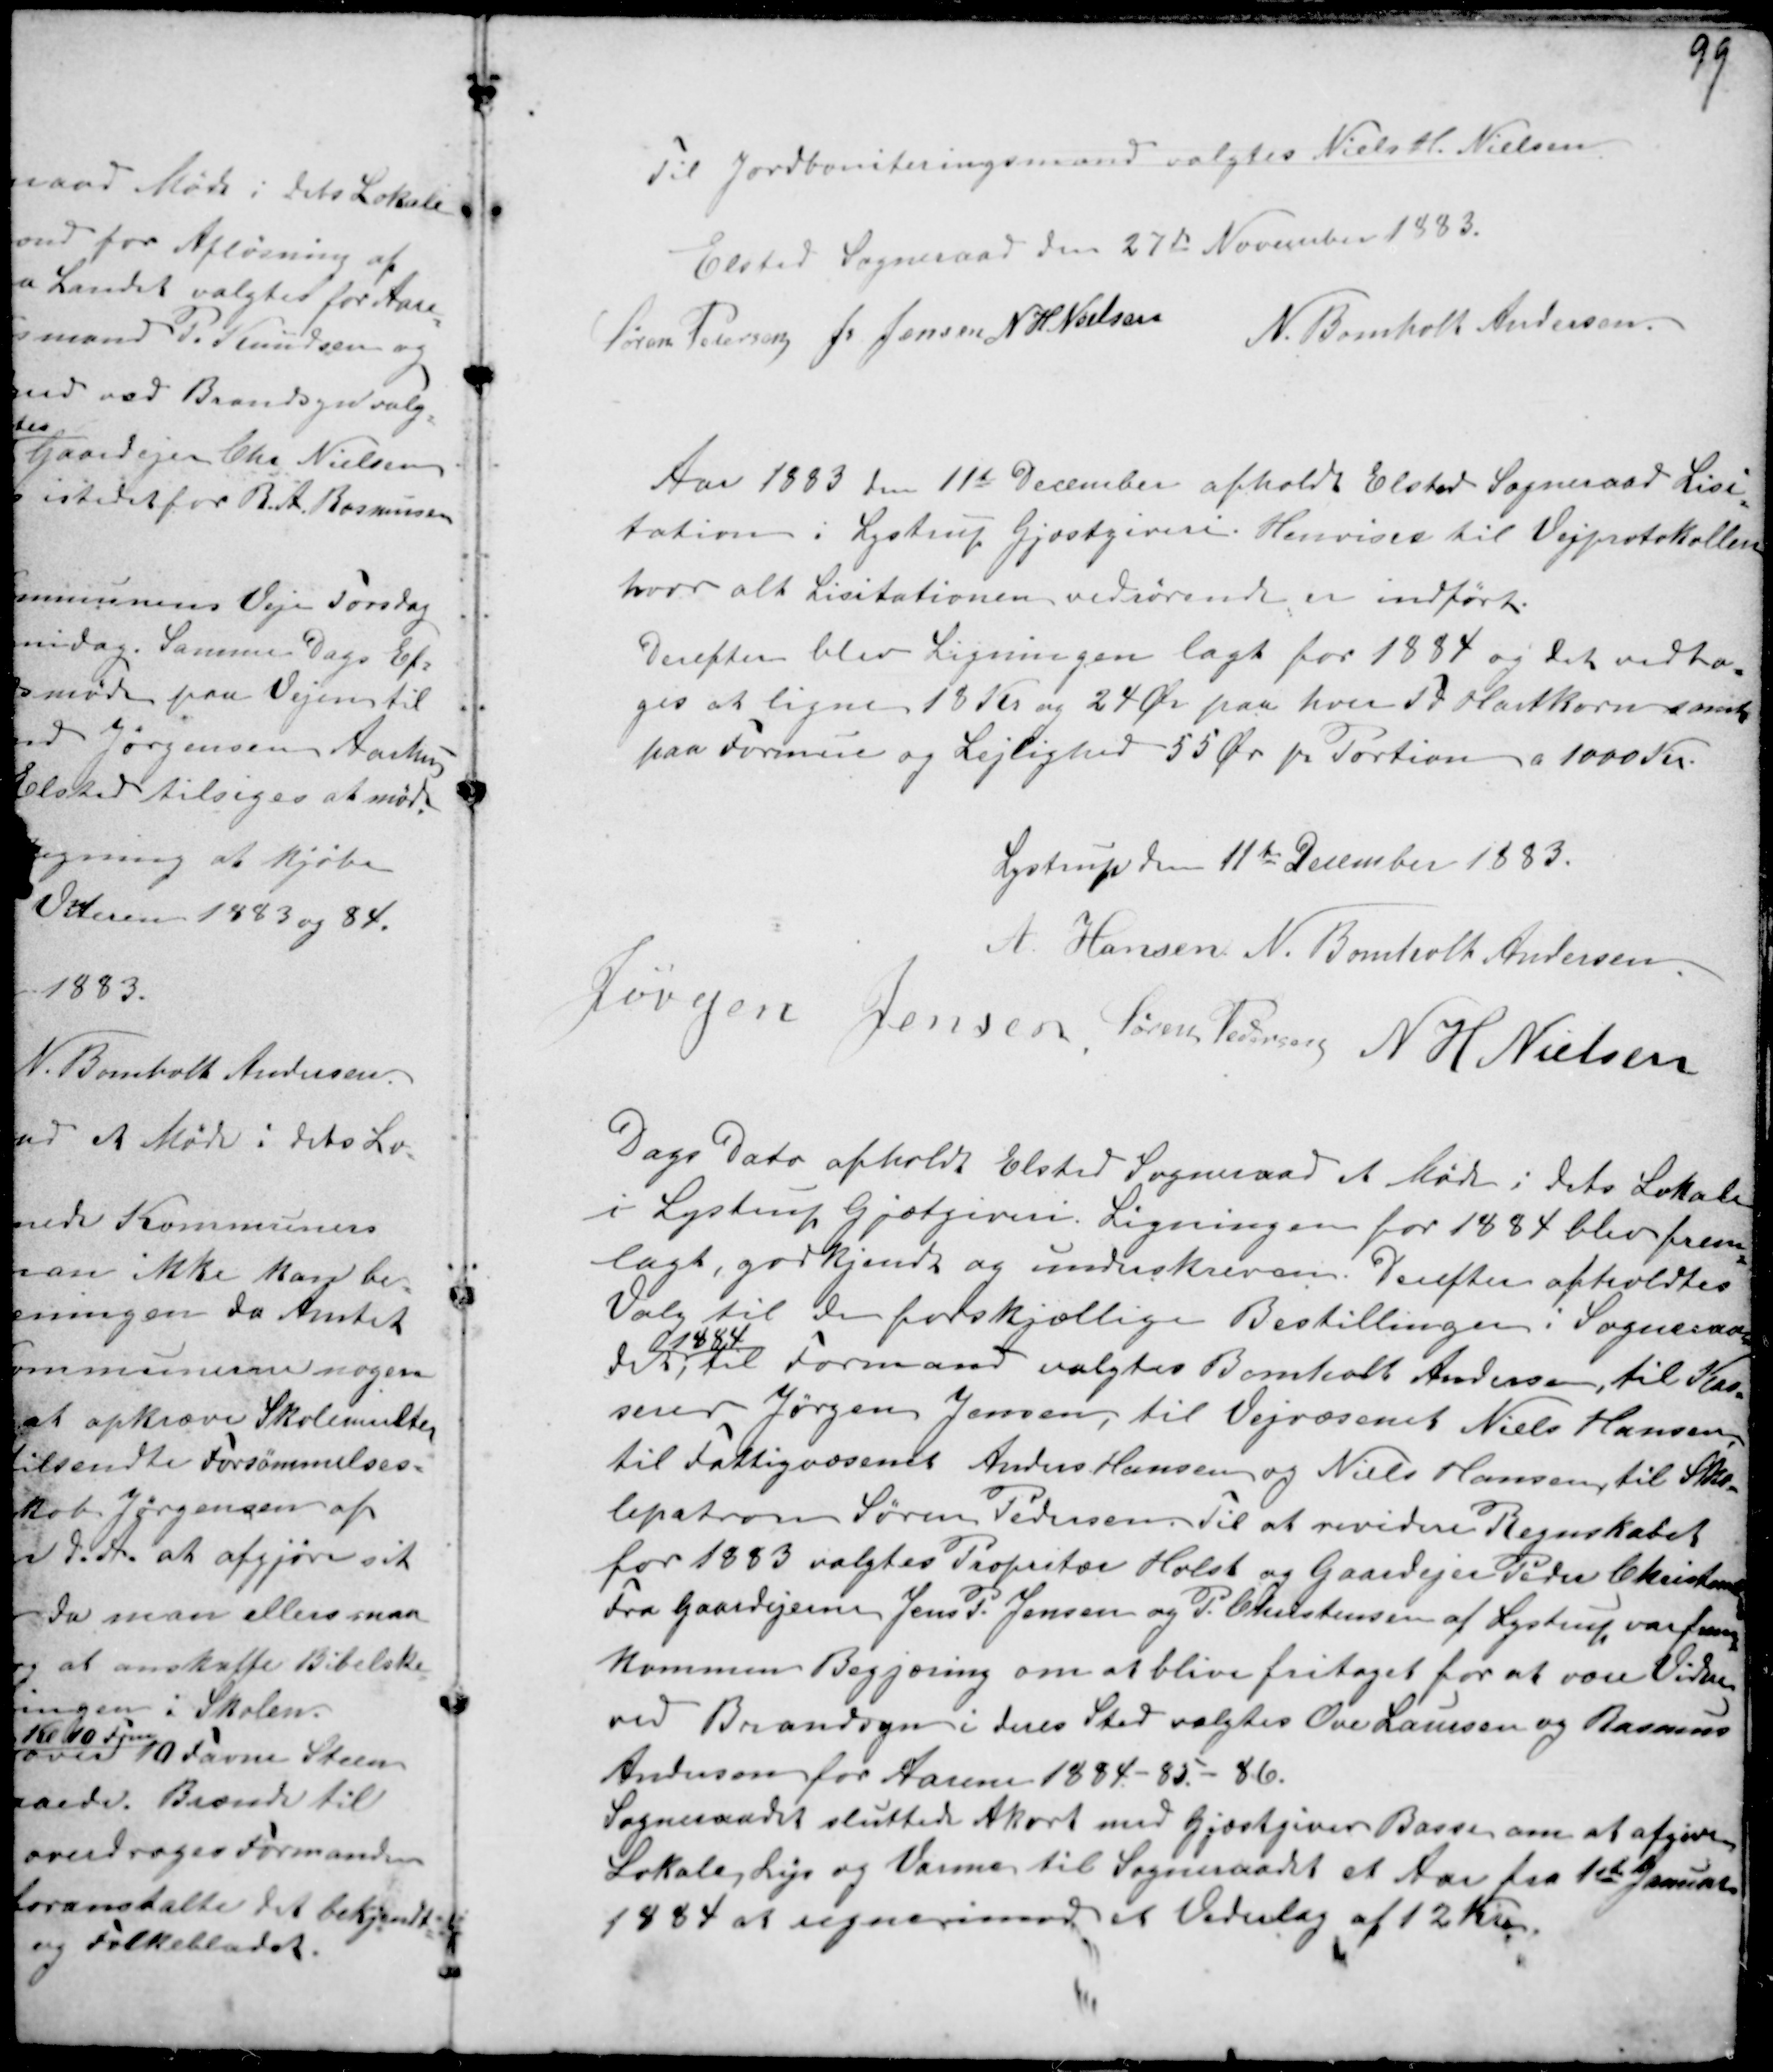
Transskription:
Til Jordboniteringsmand valgtes Niels H. Nielsen.
Elsted Sogneraad den 27de November 1883.
Søren Pedersen J. Jensen N H Nielsen
N. Bomholt Andersen.

Aar 1883 11te December afholdt Elsted Sogneraad Lisi-
tation i Lystrup Gjæstgiveri. Henvises til Vejprotokollen
hvor alt Lisitationen vedrørende er indført.
Derefter blev Ligningen lagt for 1884 og det vedto-
ges at ligne 18 Kr og 24 Ør paa hver Td Hartkorn samt
paa Formue og Lejlighed 55 Ør pr Portion a 1000 Kr.

Lystrup den 11te December 1883.
A. Hansen N. Bomholt Andersen.
Jørgen Jensen. Søren Pedersen N H Nielsen

Dags Dato afholdt Elsted Sogneraad et Møde i dets Lokale
i Lystrup Gjæstgiveri. Ligningen for 1884 blev frem-
lagt, godkjendt og underskreven. Derefter afholdtes
Valg til de forskjællige i Bestillinger i Sogneraa-
det,
1884
til Formand valgtes Bomholt Andersen, til Kas-
serer Jørgen Jensen, til Vejvæsenet Niels Hansen,
til Fattigvæsenet Anders Hansen og Niels Hansen, til Sko-
lepatron Søren Pedersen. Til at revidere Regnskabet
for 1883 valgtes Propritær Holst og Gaardejer Peder Christensen
Fra Gaardejerne Jens P. Jensen og P. Christensen af Lystrup var frem-
kommen Begjæring om at blive fritaget for at være Vidner
ved Brandsyn i deres Sted valgtes Ove Laursen og Rasmus
Andersen for Aarene 1884-85-86.
Sogneraadet sluttede Akort med Gjæstgiver Basse om at afgive
Lokale, Lys og Varme til Sogneraadet et Aar fra 1ste Januar
1884 at regne imod et Vederlag af 12 Kr.